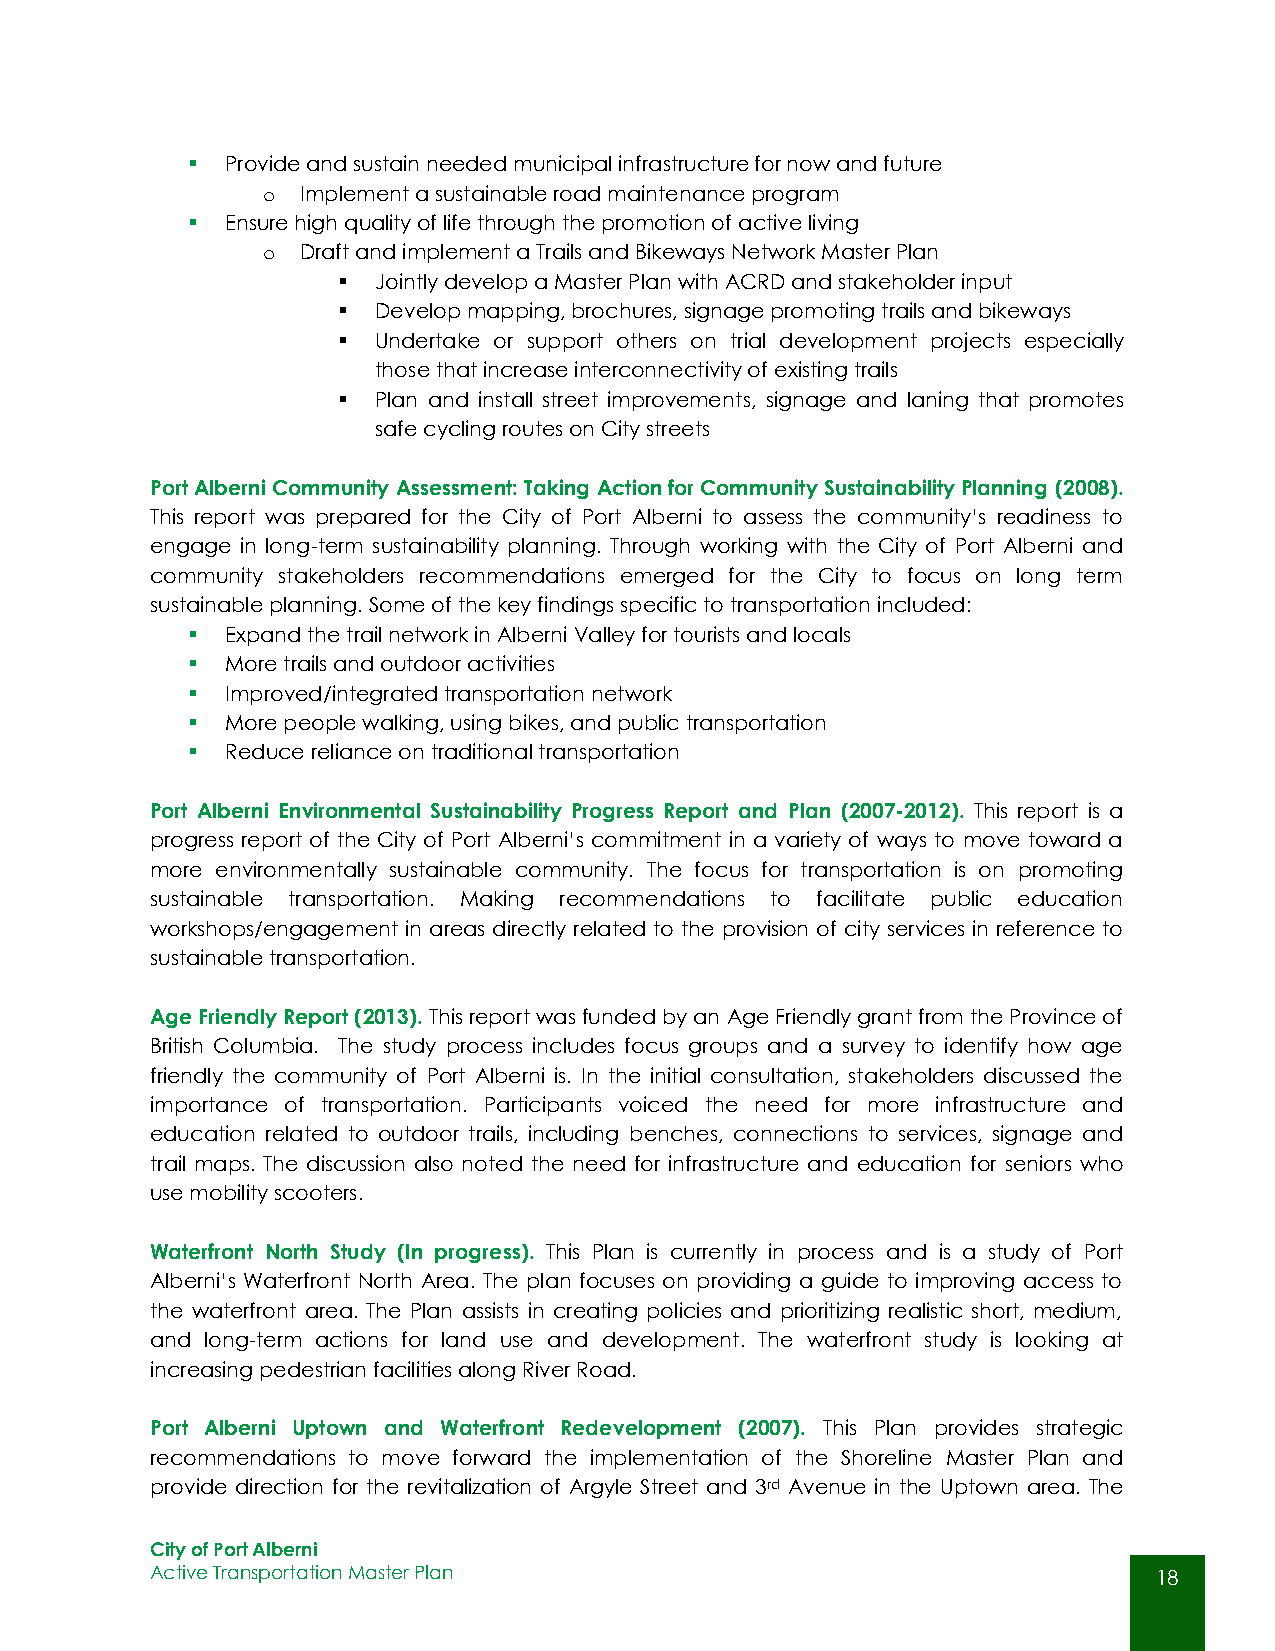
  Provide and sustain needed municipal infrastructure for now and future
 o  Implement a sustainable road maintenance program
   Ensure high quality of life through the promotion of active living
 o  Draft and implement a Trails and Bikeways Network Master Plan
   Jointly develop a Master Plan with ACRD and stakeholder input
   Develop mapping, brochures, signage promoting trails and bikeways
   Undertake or support others on trial development projects especially
 those that increase interconnectivity of existing trails
   Plan and install street improvements, signage and laning that promotes
 safe cycling routes on City streets
 Port Alberni Community Assessment: Taking Action for Community Sustainability Planning (2008).
 This report was prepared for the City of Port Alberni to assess the community’s readiness to
 engage in long-term sustainability planning. Through working with the City of Port Alberni and
 community stakeholders recommendations emerged for the City to focus on long term
 sustainable planning. Some of the key findings specific to transportation included:
   Expand the trail network in Alberni Valley for tourists and locals
   More trails and outdoor activities
   Improved/integrated transportation network
   More people walking, using bikes, and public transportation
   Reduce reliance on traditional transportation
 Port Alberni Environmental Sustainability Progress Report and Plan (2007-2012). This report is a
 progress report of the City of Port Alberni’s commitment in a variety of ways to move toward a
 more environmentally sustainable community. The focus for transportation is on promoting
 sustainable transportation. Making recommendations to facilitate public education
 workshops/engagement in areas directly related to the provision of city services in reference to
 sustainable transportation.
 Age Friendly Report (2013). This report was funded by an Age Friendly grant from the Province of
 British Columbia. The study process includes focus groups and a survey to identify how age
 friendly the community of Port Alberni is. In the initial consultation, stakeholders discussed the
 importance of transportation. Participants voiced the need for more infrastructure and
 education related to outdoor trails, including benches, connections to services, signage and
 trail maps. The discussion also noted the need for infrastructure and education for seniors who
 use mobility scooters.
 Waterfront North Study (In progress). This Plan is currently in process and is a study of Port
 Alberni’s Waterfront North Area. The plan focuses on providing a guide to improving access to
 the waterfront area. The Plan assists in creating policies and prioritizing realistic short, medium,
 and long-term actions for land use and development. The waterfront study is looking at
 increasing pedestrian facilities along River Road.
 Port Alberni Uptown and Waterfront Redevelopment (2007). This Plan provides strategic
 recommendations to move forward the implementation of the Shoreline Master Plan and
 provide direction for the revitalization of Argyle Street and 3rd Avenue in the Uptown area. The
 City of Port Alberni
 Active Transportation Master Plan                                  18
 18